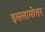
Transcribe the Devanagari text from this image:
इसलामोत्तर